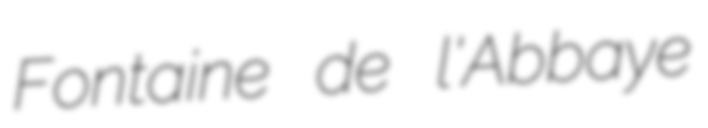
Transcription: Fontaine de l'Abbaye